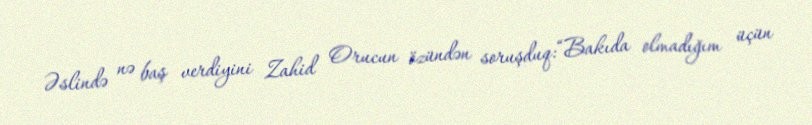
Əslində nə baş verdiyini Zahid Orucun özündən soruşduq:“Bakıda olmadığım üçün